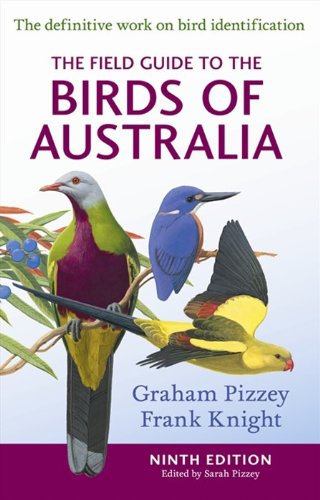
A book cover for The Field Guide to the Birds of Australia 9th Edition; F Knight; Science & Math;